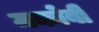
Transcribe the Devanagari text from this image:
मकोबी